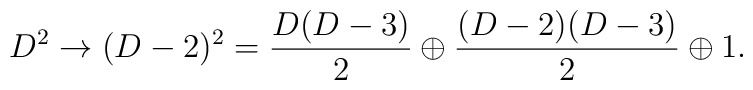
D^2 \rightarrow (D-2)^2 = {D(D-3)\over 2} \oplus {(D-2)(D-3)\over 2} \oplus  1 .